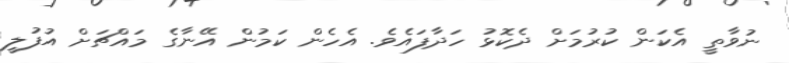
ނުވާތީ އެކަން ކުރުމަށް ދެކޮޅު ހަދާފައެވެ. އެހެން ކަމުން އޭނާގެ މައްޗަށް އުފުލީ